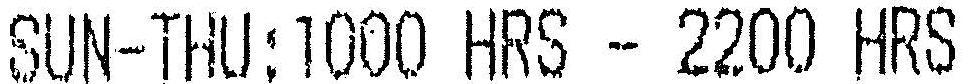
SUN-THU:1000 HRS - 2200 HRS